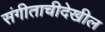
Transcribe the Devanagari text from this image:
संगीताचीदेखील